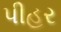
પીહર